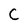
Character: C